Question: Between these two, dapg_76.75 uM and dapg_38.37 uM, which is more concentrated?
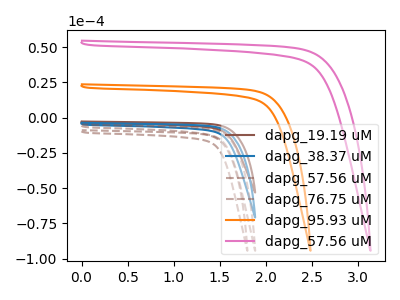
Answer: <think>The brown curve "dapg_19.19 uM" has no peaks. The blue curve "dapg_38.37 uM" has no peaks. The brown dashed curve "dapg_57.56 uM" has no peaks. The brown dashed curve "dapg_76.75 uM" has no peaks. The orange curve "dapg_95.93 uM" has no peaks. The pink curve "dapg_57.56 uM" has no peaks.
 Neither "dapg_76.75 uM" or "dapg_38.37 uM" have any peaks.</think>
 <answer>I cant tell if "dapg_76.75 uM" or "dapg_38.37 uM" has higher concentration.</answer>
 <eval>mixed_concentration</eval>